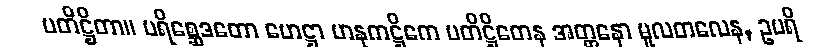
ပတိဋ္ဌိတာ။ ပရိစ္ဆေဒတော ဟေဋ္ဌာ ဟနုကဋ္ဌိကေ ပတိဋ္ဌိတေန အတ္တနော မူလတလေန, ဥပရိ